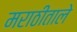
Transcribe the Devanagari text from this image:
मराठीताले